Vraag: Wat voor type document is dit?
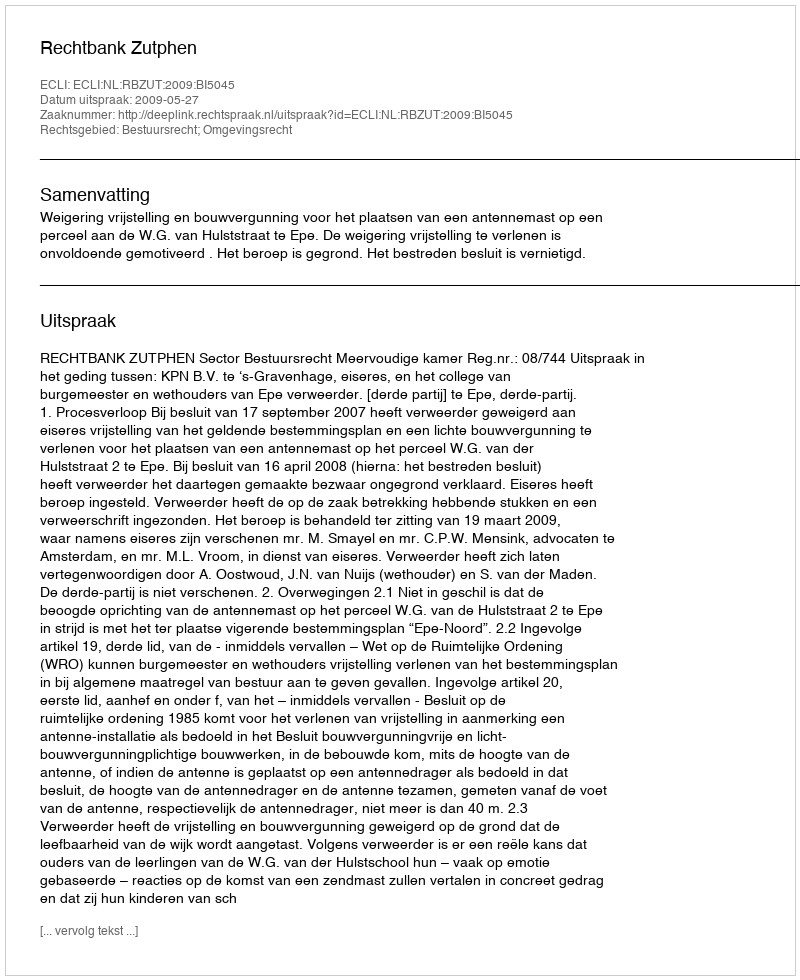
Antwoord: Uitspraak